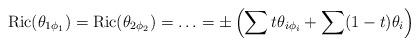
LaTeX: \begin{align*}\mathrm{Ric}(\theta_{1\phi_1}) = \mathrm{Ric}(\theta_{2\phi_2}) = \ldots = \pm \left ( \displaystyle \sum t \theta_{i \phi_i} + \sum (1-t) \theta_i \right )\end{align*}